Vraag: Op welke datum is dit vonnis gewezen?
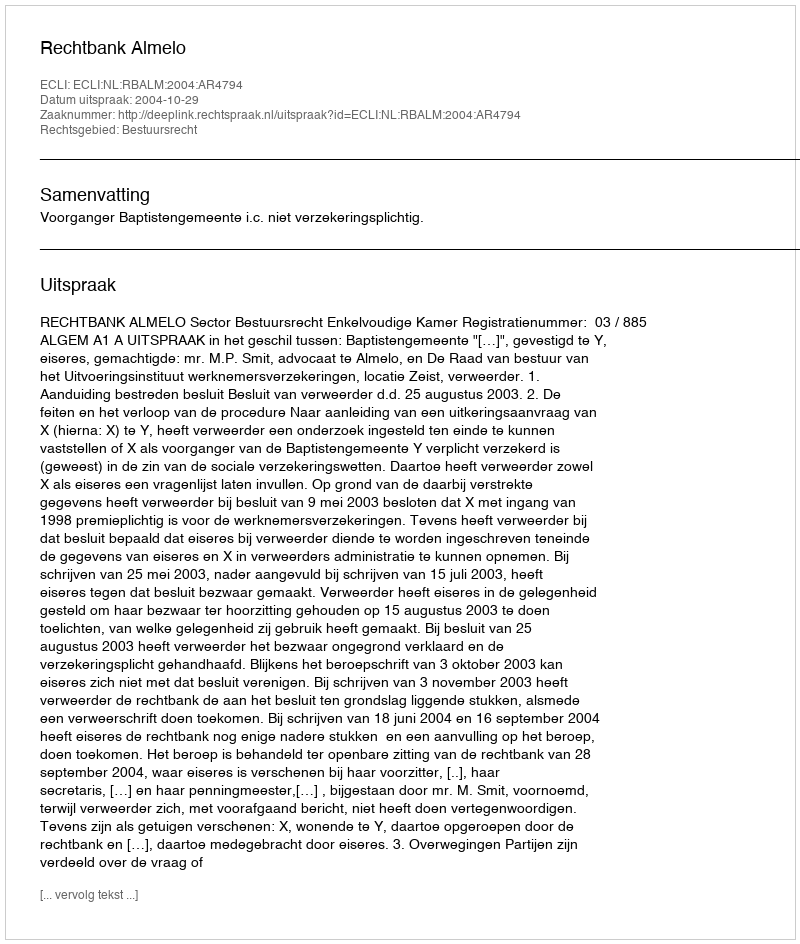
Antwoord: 2004-10-29